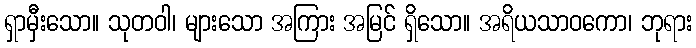
ရှာမှီးသော။ သုတဝါ၊ များသော အကြား အမြင် ရှိသော။ အရိယသာဝကော၊ ဘုရား